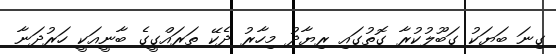
ގިނަ ބަޔަކު ގަބޫލުކުރާ ގޮތުގައި ރިޔާދު މިހާރު ދެކޭ ތަރައްގީގެ ބާނީއަކީ ހަރުދަނާ